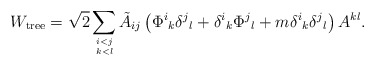
\begin{align*}W_{\rm tree} = \sqrt{2}\sum_{i < j \atop k<l }\tilde{A}_{ij} \left( \Phi^i{}_k \delta^j{}_{l} + \delta^i{}_k \Phi^j{}_l + m \delta^i{}_k \delta^j{}_{l} \right) A^{kl} .\end{align*}